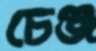
চেঞ্জ